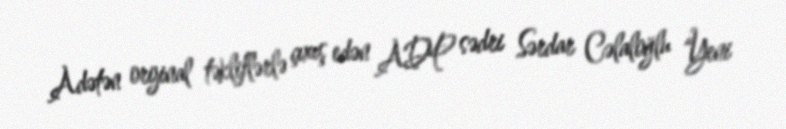
Adətən orijinal təkliflərlə çıxış edən ADP sədri Sərdar Cəlaloğlu “Yeni